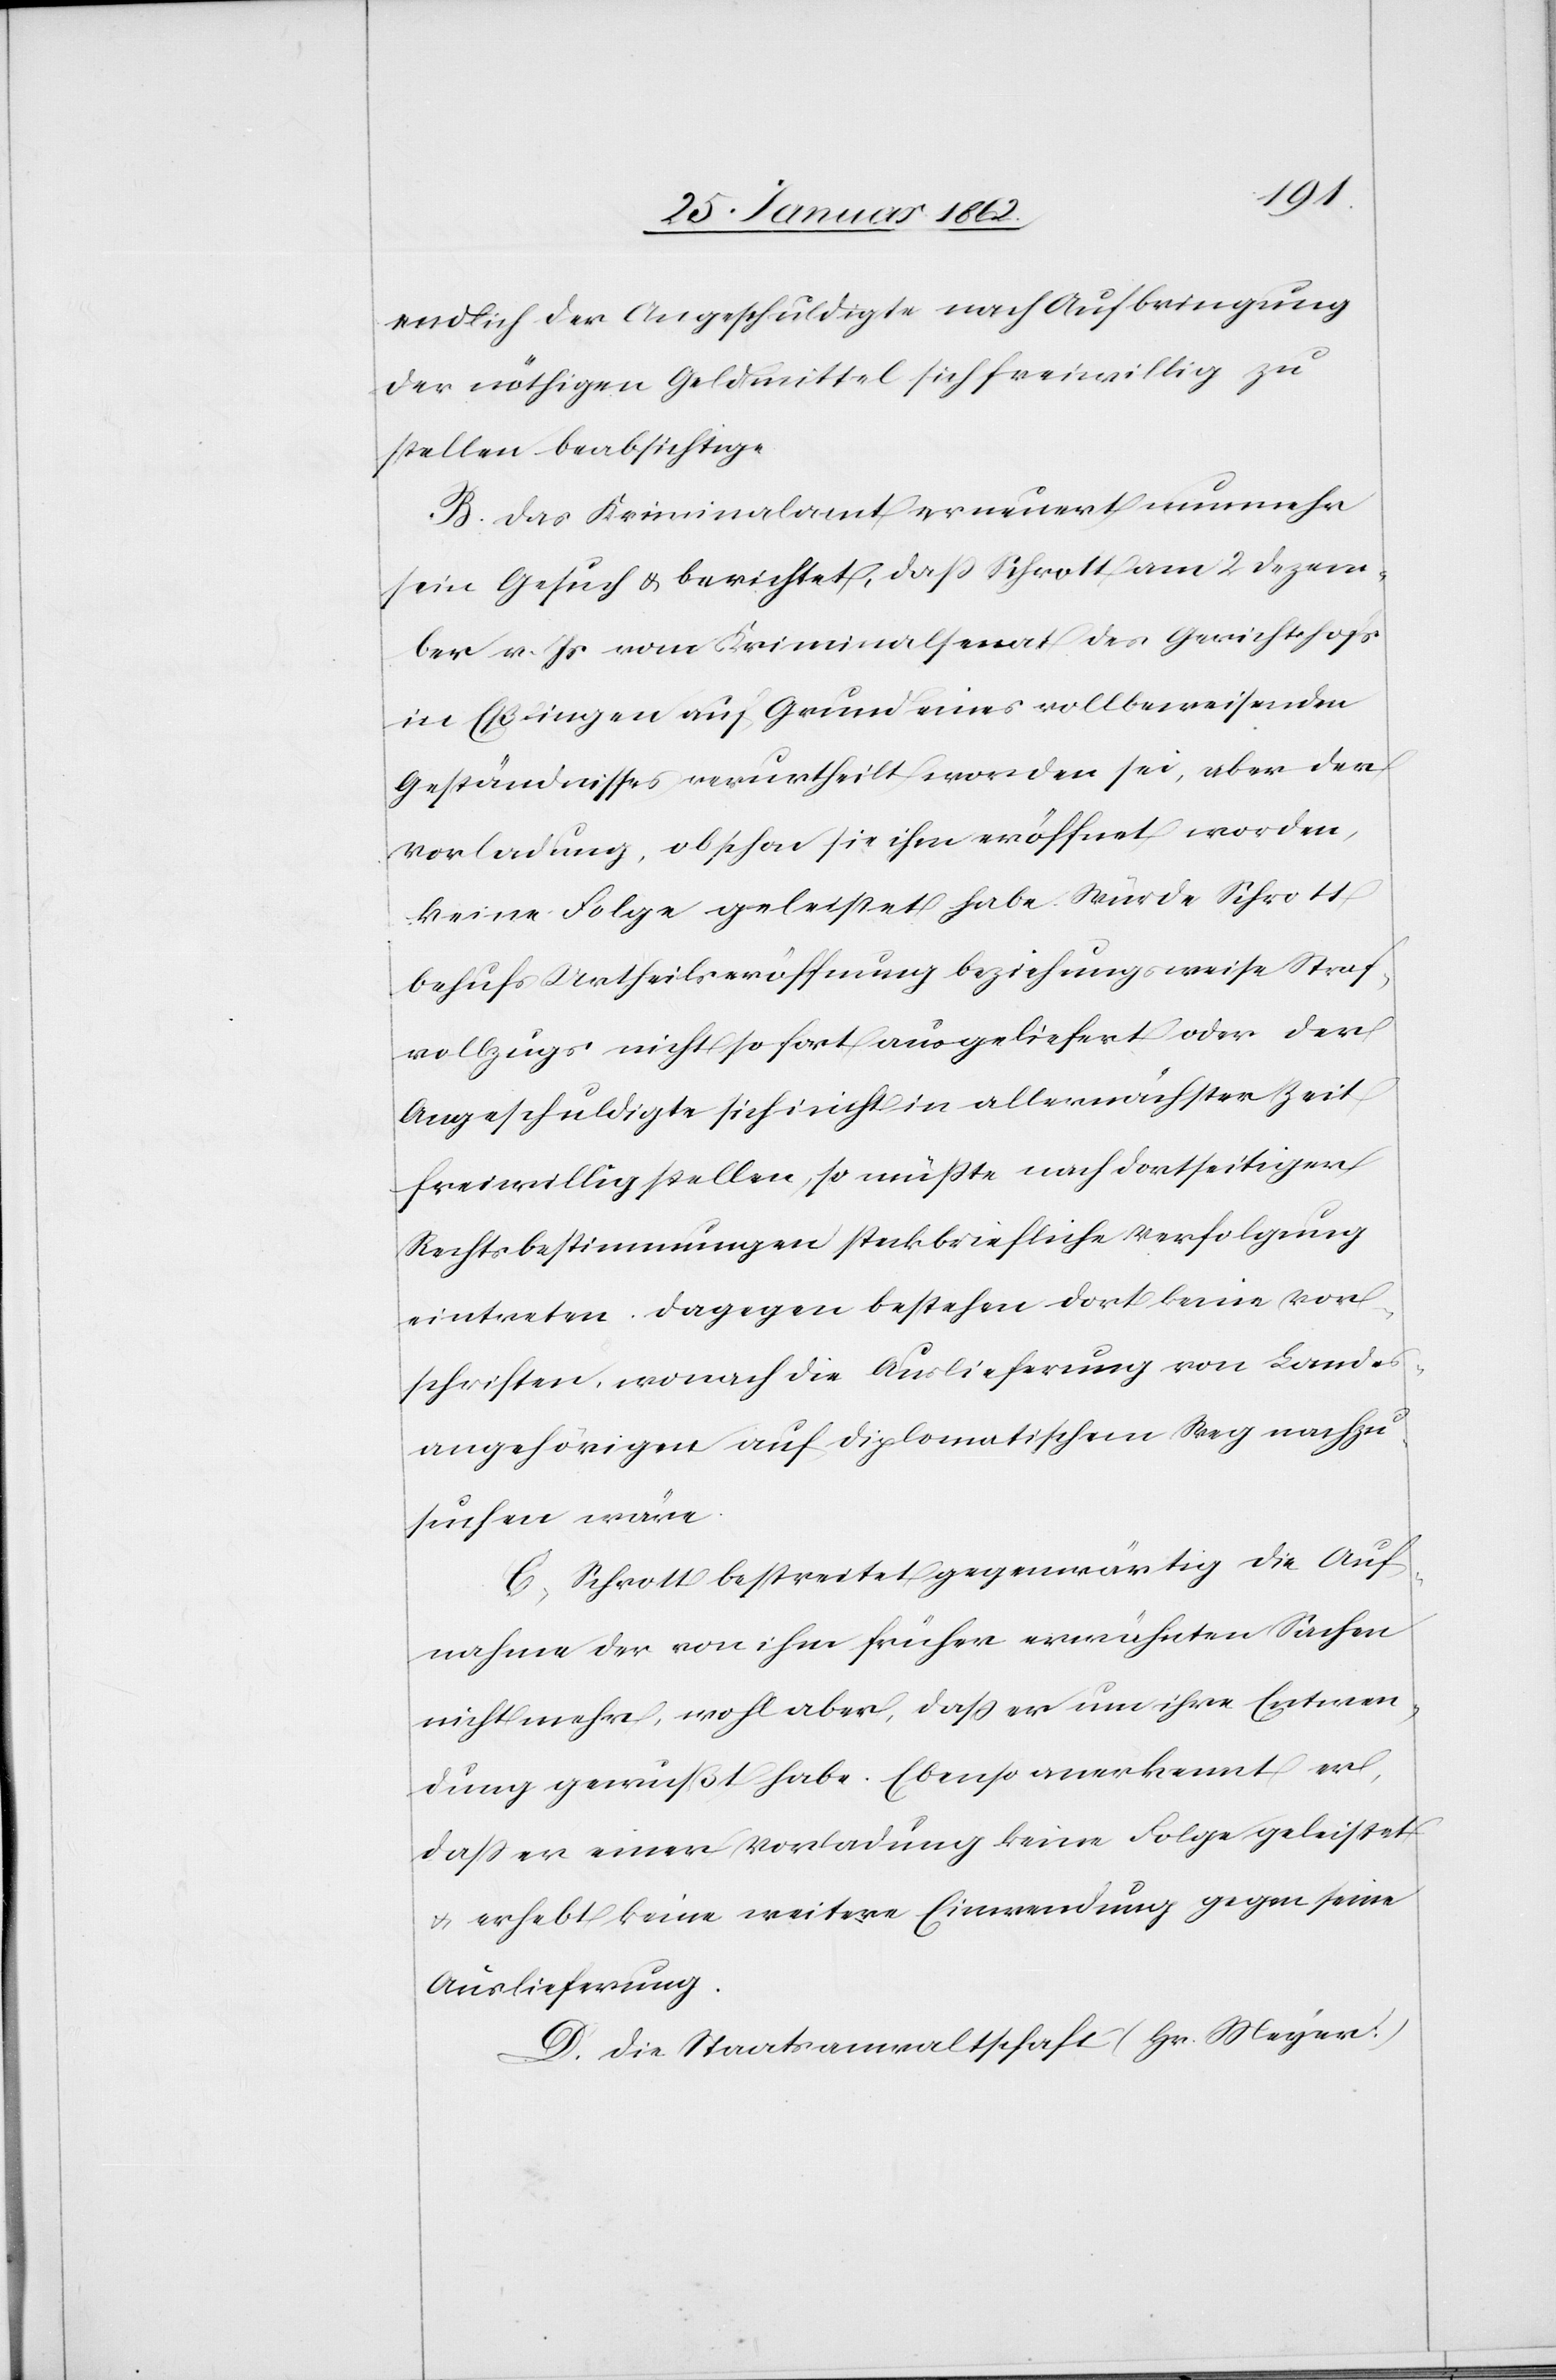
endlich der Angeschuldigte nach Aufbringung
der nöthigen Geldmittel sich freiwillig zu
stellen beabsichtige.
B. Das Kriminalamt erneuert nunmehr
sein Gesuch u. berichtet, daß Schrott am 2 Dezem¬
ber v. Js vom Kriminalsenat des Gerichtshofs
in Eßlingen auf Grund eines vollbeweisenden
Geständnisses verurtheilt worden sei, aber der
Vorladung, obschon sie ihm eröffnet worden,
keine Folge geleistet habe. Würde Schrott
behufs Urtheilseröffnung beziehungsweise Straf¬
vollzugs nicht sofort ausgeliefert oder der
Angeschuldigte sich nicht in allernächster Zeit
freiwillig stellen, so müßte nach dortseitiger
Rechtsbestimmungen steckbriefliche Verfolgung
eintreten. Dagegen bestehen dort keine Vor¬
schriften, wonach die Auslieferung von Landes¬
angehörigen auf diplomatischem Weg nachzu¬
suchen wäre.
C. Schrott bestreitet gegenwärtig die Auf¬
nahme der von ihm früher erwähnten Sachen
nicht mehr, wohl aber, daß er um ihre Entwen¬
dung gewußt habe. Ebenso anerkennt er,
daß er einer Vorladung keine Folge geleistet
u. erhebt keine weitere Einwendung gegen seine
Auslieferung.
D. Die Staatsanwaltschaft (Hr. Meyer:)